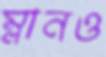
ম্লানও